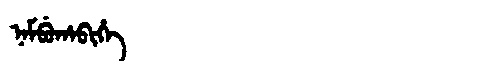
Manchu: ᠨᠠᠮᠪᡠᡥᠠᠪᡳᡥᡝ
Romanization: NAMBUHABIHE